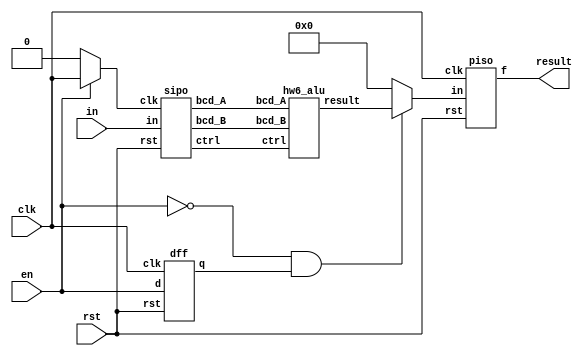
module serial_bcd_alu(
    input rst, clk,
    input en, in,
    output result
);

  wire [15:0] bcd_A;
  wire [15:0] bcd_B;
  wire [19:0] sum;
  wire [19:0] sum0;
  wire ctrl;
  wire load;
  wire sipo_ld;
  wire piso_ld;
  wire not_en;

  dff U4 (rst, clk, en, load);

  assign sipo_ld = en ? clk : 0;

  not U5 (not_en, en);
  and U6 (piso_ld, not_en, load);
  assign sum = piso_ld ? sum0 : 0;

  sipo U0 (rst, sipo_ld, in, bcd_A, bcd_B, ctrl);
  hw6_alu U1 (sum0, ctrl, bcd_A, bcd_B);
  piso U3 (rst, clk, sum, result);

endmodule

//FULL SIPO MODULE
module sipo(
    input rst, clk,
    input in,
    output [15:0] bcd_A,
    output [15:0] bcd_B,
    output ctrl
);
    wire [3:0] Adigit [3:0];
    wire [3:0] Bdigit [3:0];
    wire w0;

    dff U0 (rst, clk, in, w0);
    sipo_str B3 (rst, clk, w0, Bdigit[3]);
    sipo_str B2 (rst, clk, Bdigit[3][0], Bdigit[2]);
    sipo_str B1 (rst, clk, Bdigit[2][0], Bdigit[1]);
    sipo_str B0 (rst, clk, Bdigit[1][0], Bdigit[0]);
    sipo_str A3 (rst, clk, Bdigit[0][0], Adigit[3]);
    sipo_str A2 (rst, clk, Adigit[3][0], Adigit[2]);
    sipo_str A1 (rst, clk, Adigit[2][0], Adigit[1]);
    sipo_str A0 (rst, clk, Adigit[1][0], Adigit[0]);

    assign ctrl = w0;
    assign bcd_A[3:0] = Adigit[0];
    assign bcd_A[7:4] = Adigit[1];
    assign bcd_A[11:8] = Adigit[2];
    assign bcd_A[15:12] = Adigit[3];
    assign bcd_B[3:0] = Bdigit[0];
    assign bcd_B[7:4] = Bdigit[1];
    assign bcd_B[11:8] = Bdigit[2];
    assign bcd_B[15:12] = Bdigit[3];

endmodule

module sipo_str (
  input rst, clk,
  input in,
  output [3:0] f
);

  dff msb ( rst, clk, in, f[3] );
  dff u2  ( rst, clk, f[3], f[2] );
  dff u1  ( rst, clk, f[2], f[1] );
  dff lsb ( rst, clk, f[1], f[0] );

endmodule

module dff (
  input rst, clk,
  input d,
  output reg q
);

  always @( posedge clk )
    if( rst )
      q <= 0;
    else
      q <= d;

endmodule

module piso (
  input rst, clk,
  input [19:0] in, 
  output f
);

  wire [18:0] d;
  wire [18:0] q;

  dff msb ( rst, clk, in[19], q[18] );

  or U18 ( d[18], q[18], in[18] ); 
  dff bit18 ( rst, clk, d[18], q[17] );

  or U17 ( d[17], q[17], in[17] );
  dff bit17 ( rst, clk, d[17], q[16] );

  or U16 ( d[16], q[16], in[16] );
  dff bit16 ( rst, clk, d[16], q[15] );

  or U15 ( d[15], q[15], in[15] );
  dff bit15 ( rst, clk, d[15], q[14] );

  or U14 ( d[14], q[14], in[14] );
  dff bit14 ( rst, clk, d[14], q[13] );
  
  or U13 ( d[13], q[13], in[13] );
  dff bit13 ( rst, clk, d[13], q[12] );

  or U12 ( d[12], q[12], in[12] );
  dff bit12 ( rst, clk, d[12], q[11] );

  or U11 ( d[11], q[11], in[11] );
  dff bit11 ( rst, clk, d[11], q[10] );

  or U10 ( d[10], q[10], in[10] );
  dff bit10 ( rst, clk, d[10], q[9] );

  or U9 ( d[9], q[9], in[9] );
  dff bit9 ( rst, clk, d[9], q[8] );

  or U8 ( d[8], q[8], in[8] );
  dff bit8 ( rst, clk, d[8], q[7] );

  or U7 ( d[7], q[7], in[7] );
  dff bit7 ( rst, clk, d[7], q[6] );

  or U6 ( d[6], q[6], in[6] );
  dff bit6 ( rst, clk, d[6], q[5] );

  or U5 ( d[5], q[5], in[5] );
  dff bit5 ( rst, clk, d[5], q[4] );

  or U4 ( d[4], q[4], in[4] );
  dff bit4 ( rst, clk, d[4], q[4] );

  or U3 ( d[3], q[3], in[3] );
  dff bit3 ( rst, clk, d[3], q[2] );

  or U2 ( d[2], q[2], in[2]);
  dff bit2 ( rst, clk, d[2], q[1] );

  or U1 ( d[1], q[1], in[1] );
  dff bit1 ( rst, clk, d[1], q[0] );

  or U0 ( d[0], q[0], in[0]);
  dff lsb ( rst, clk, d[0], f );

endmodule


// BCD ALU module
module hw6_alu (
    output [19:0] result,
    input ctrl,
    input [15:0] bcd_A,
    input [15:0] bcd_B
  );

  wire [16:0] r1;
  wire [16:0] r2;
  wire [16:0] r2_0;
  wire [3:0] Bdigit [3:0];
  wire [3:0] Bnines [3:0];
  wire [15:0] bcd_B_nines;

  assign Bdigit[0] = bcd_B[ 3: 0];
  assign Bdigit[1] = bcd_B[ 7: 4];
  assign Bdigit[2] = bcd_B[11: 8];
  assign Bdigit[3] = bcd_B[15:12];

  nines_comp U0 (Bdigit[0], Bnines[0]);
  nines_comp U1 (Bdigit[1], Bnines[1]);
  nines_comp U2 (Bdigit[2], Bnines[2]);
  nines_comp U3 (Bdigit[3], Bnines[3]);
  
  assign bcd_B_nines[3:0] = Bnines[0];
  assign bcd_B_nines[7:4] = Bnines[1];
  assign bcd_B_nines[11:8] = Bnines[2];
  assign bcd_B_nines[15:12] = Bnines[3];

  assign result[17] = 0;
  assign result[18] = 0;
  assign result[19] = 0;

  hw4_q2b U4 (ctrl, bcd_A, bcd_B, r1);
  hw4_q2b U5 (ctrl, bcd_A, bcd_B_nines, r2_0);
 
  assign r2[16] = 0;                    ///wasn't sure how to change the 1 at r2[16]
  assign r2[15:0] = r2_0;

  assign result[16:0] = ctrl ? r2 : r1;  

endmodule

//NINES COMPLEMENT
module nines_comp(
    input [3:0] in, 
    output [3:0] out
);
    wire [3:0] carry;
    wire not_in3;
    wire not_in2;
    wire not_in1;

    not U0 (out[0], in[0]);
    not U1 (not_in1, in[1]);
    not U2 (not_in2, in[2]);
    not U3 (not_in3, in[3]);
    and U4 (out[3], not_in3, not_in2, not_in1);
    xor U5 (out[2], in[2], in[1]);
    assign out[1] = in[1];

endmodule

//BCD ADDER
module hw4_q2b (
  input C,
  input [15:0] A, B,
  output [16:0] S
);

  wire [3:0] Adigit [3:0];
  wire [3:0] Bdigit [3:0];
  wire [3:0] Sdigit [3:0];
  wire Smsb;
  wire [3:0] carry;

  assign Adigit[0] = A[ 3: 0];
  assign Adigit[1] = A[ 7: 4];
  assign Adigit[2] = A[11: 8];
  assign Adigit[3] = A[15:12];

  assign Bdigit[0] = B[ 3: 0];
  assign Bdigit[1] = B[ 7: 4];
  assign Bdigit[2] = B[11: 8];
  assign Bdigit[3] = B[15:12];

  assign S[ 3: 0] = Sdigit[0];
  assign S[ 7: 4] = Sdigit[1];
  assign S[11: 8] = Sdigit[2];
  assign S[15:12] = Sdigit[3];

  assign S[16] = Smsb;

  BCD_Add U0 ( C, Adigit[0], Bdigit[0], Sdigit[0], carry[0] );
  BCD_Add U1 ( carry[0], Adigit[1], Bdigit[1], Sdigit[1], carry[1] );
  BCD_Add U2 ( carry[1], Adigit[2], Bdigit[2], Sdigit[2], carry[2] );
  BCD_Add U3 ( carry[2], Adigit[3], Bdigit[3], Sdigit[3], Smsb );

endmodule

//COMBINES OUTPUTS TO RESULT
module BCD_Add (
  input C,
  input [3:0] A, B,
  output reg [3:0] Sum,
  output reg carry
);

  wire [4:0] i_sum;

  assign i_sum = A + B + C;

  always @( A, B, C ) begin
    if( i_sum > 9 ) begin
      carry = 1'b1;
      Sum = i_sum + 6;
    end
    else begin
      carry = 1'b0;
      Sum = i_sum;
    end
  end

endmodule